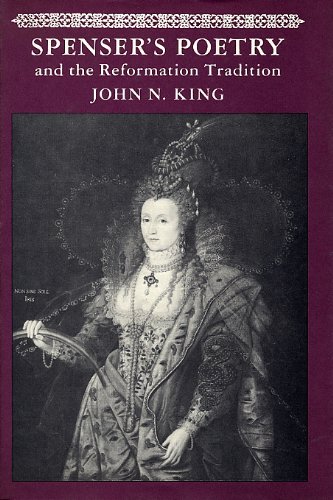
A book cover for Spenser's Poetry and the Reformation Tradition; John N. King; Literature & Fiction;